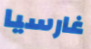
غارسيا